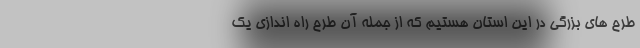
طرح های بزرگی در این استان هستیم که از جمله آن طرح راه اندازی یک